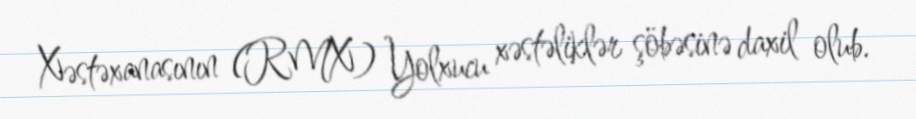
Xəstəxanasının (RMX) Yolxucu xəstəliklər şöbəsinə daxil olub.